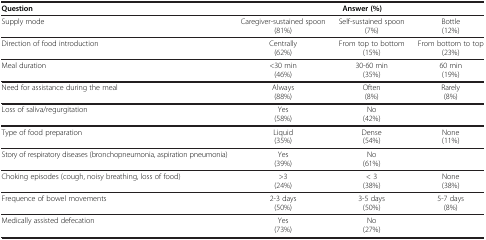
<table><thead><tr><td><b>Question</b></td><td colspan="3"><b>Answer (%)</b></td></tr></thead><tbody><tr><td>Supply mode</td><td>Caregiver-sustained spoon (81%)</td><td>Self-sustained spoon (7%)</td><td>Bottle (12%)</td></tr><tr><td>Direction of food introduction</td><td>Centrally (62%)</td><td>From top to bottom (15%)</td><td>From bottom to top (23%)</td></tr><tr><td>Meal duration</td><td>&lt;30 min (46%)</td><td>30-60 min (35%)</td><td>60 min (19%)</td></tr><tr><td>Need for assistance during the meal</td><td>Always (88%)</td><td>Often (8%)</td><td>Rarely (8%)</td></tr><tr><td>Loss of saliva/regurgitation</td><td>Yes (58%)</td><td>No (42%)</td><td> </td></tr><tr><td>Type of food preparation</td><td>Liquid (35%)</td><td>Dense (54%)</td><td>None (11%)</td></tr><tr><td>Story of respiratory diseases (bronchopneumonia, aspiration pneumonia)</td><td>Yes (39%)</td><td>No (61%)</td><td> </td></tr><tr><td>Choking episodes (cough, noisy breathing, loss of food)</td><td>&gt;3 (24%)</td><td>&lt; 3 (38%)</td><td>None (38%)</td></tr><tr><td>Frequence of bowel movements</td><td>2-3 days (50%)</td><td>3-5 days (50%)</td><td>5-7 days (8%)</td></tr><tr><td>Medically assisted defecation</td><td>Yes (73%)</td><td>No (27%)</td><td> </td></tr></tbody></table>